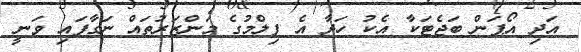
އަދި އޯޕަން ބަޖެޓަކާ އެކު ހަދާ އެ ފިލްމުގެ މަންޒަރުތައް ނަގާފައި ވަނީ